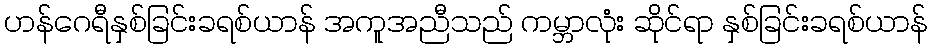
ဟန်ဂေရီနှစ်ခြင်းခရစ်ယာန် အကူအညီသည် ကမ္ဘာလုံး ဆိုင်ရာ နှစ်ခြင်းခရစ်ယာန်